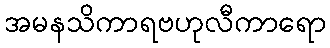
အမနသိကာရဗဟုလီကာရော